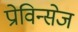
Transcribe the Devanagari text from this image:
प्रोविन्सेज